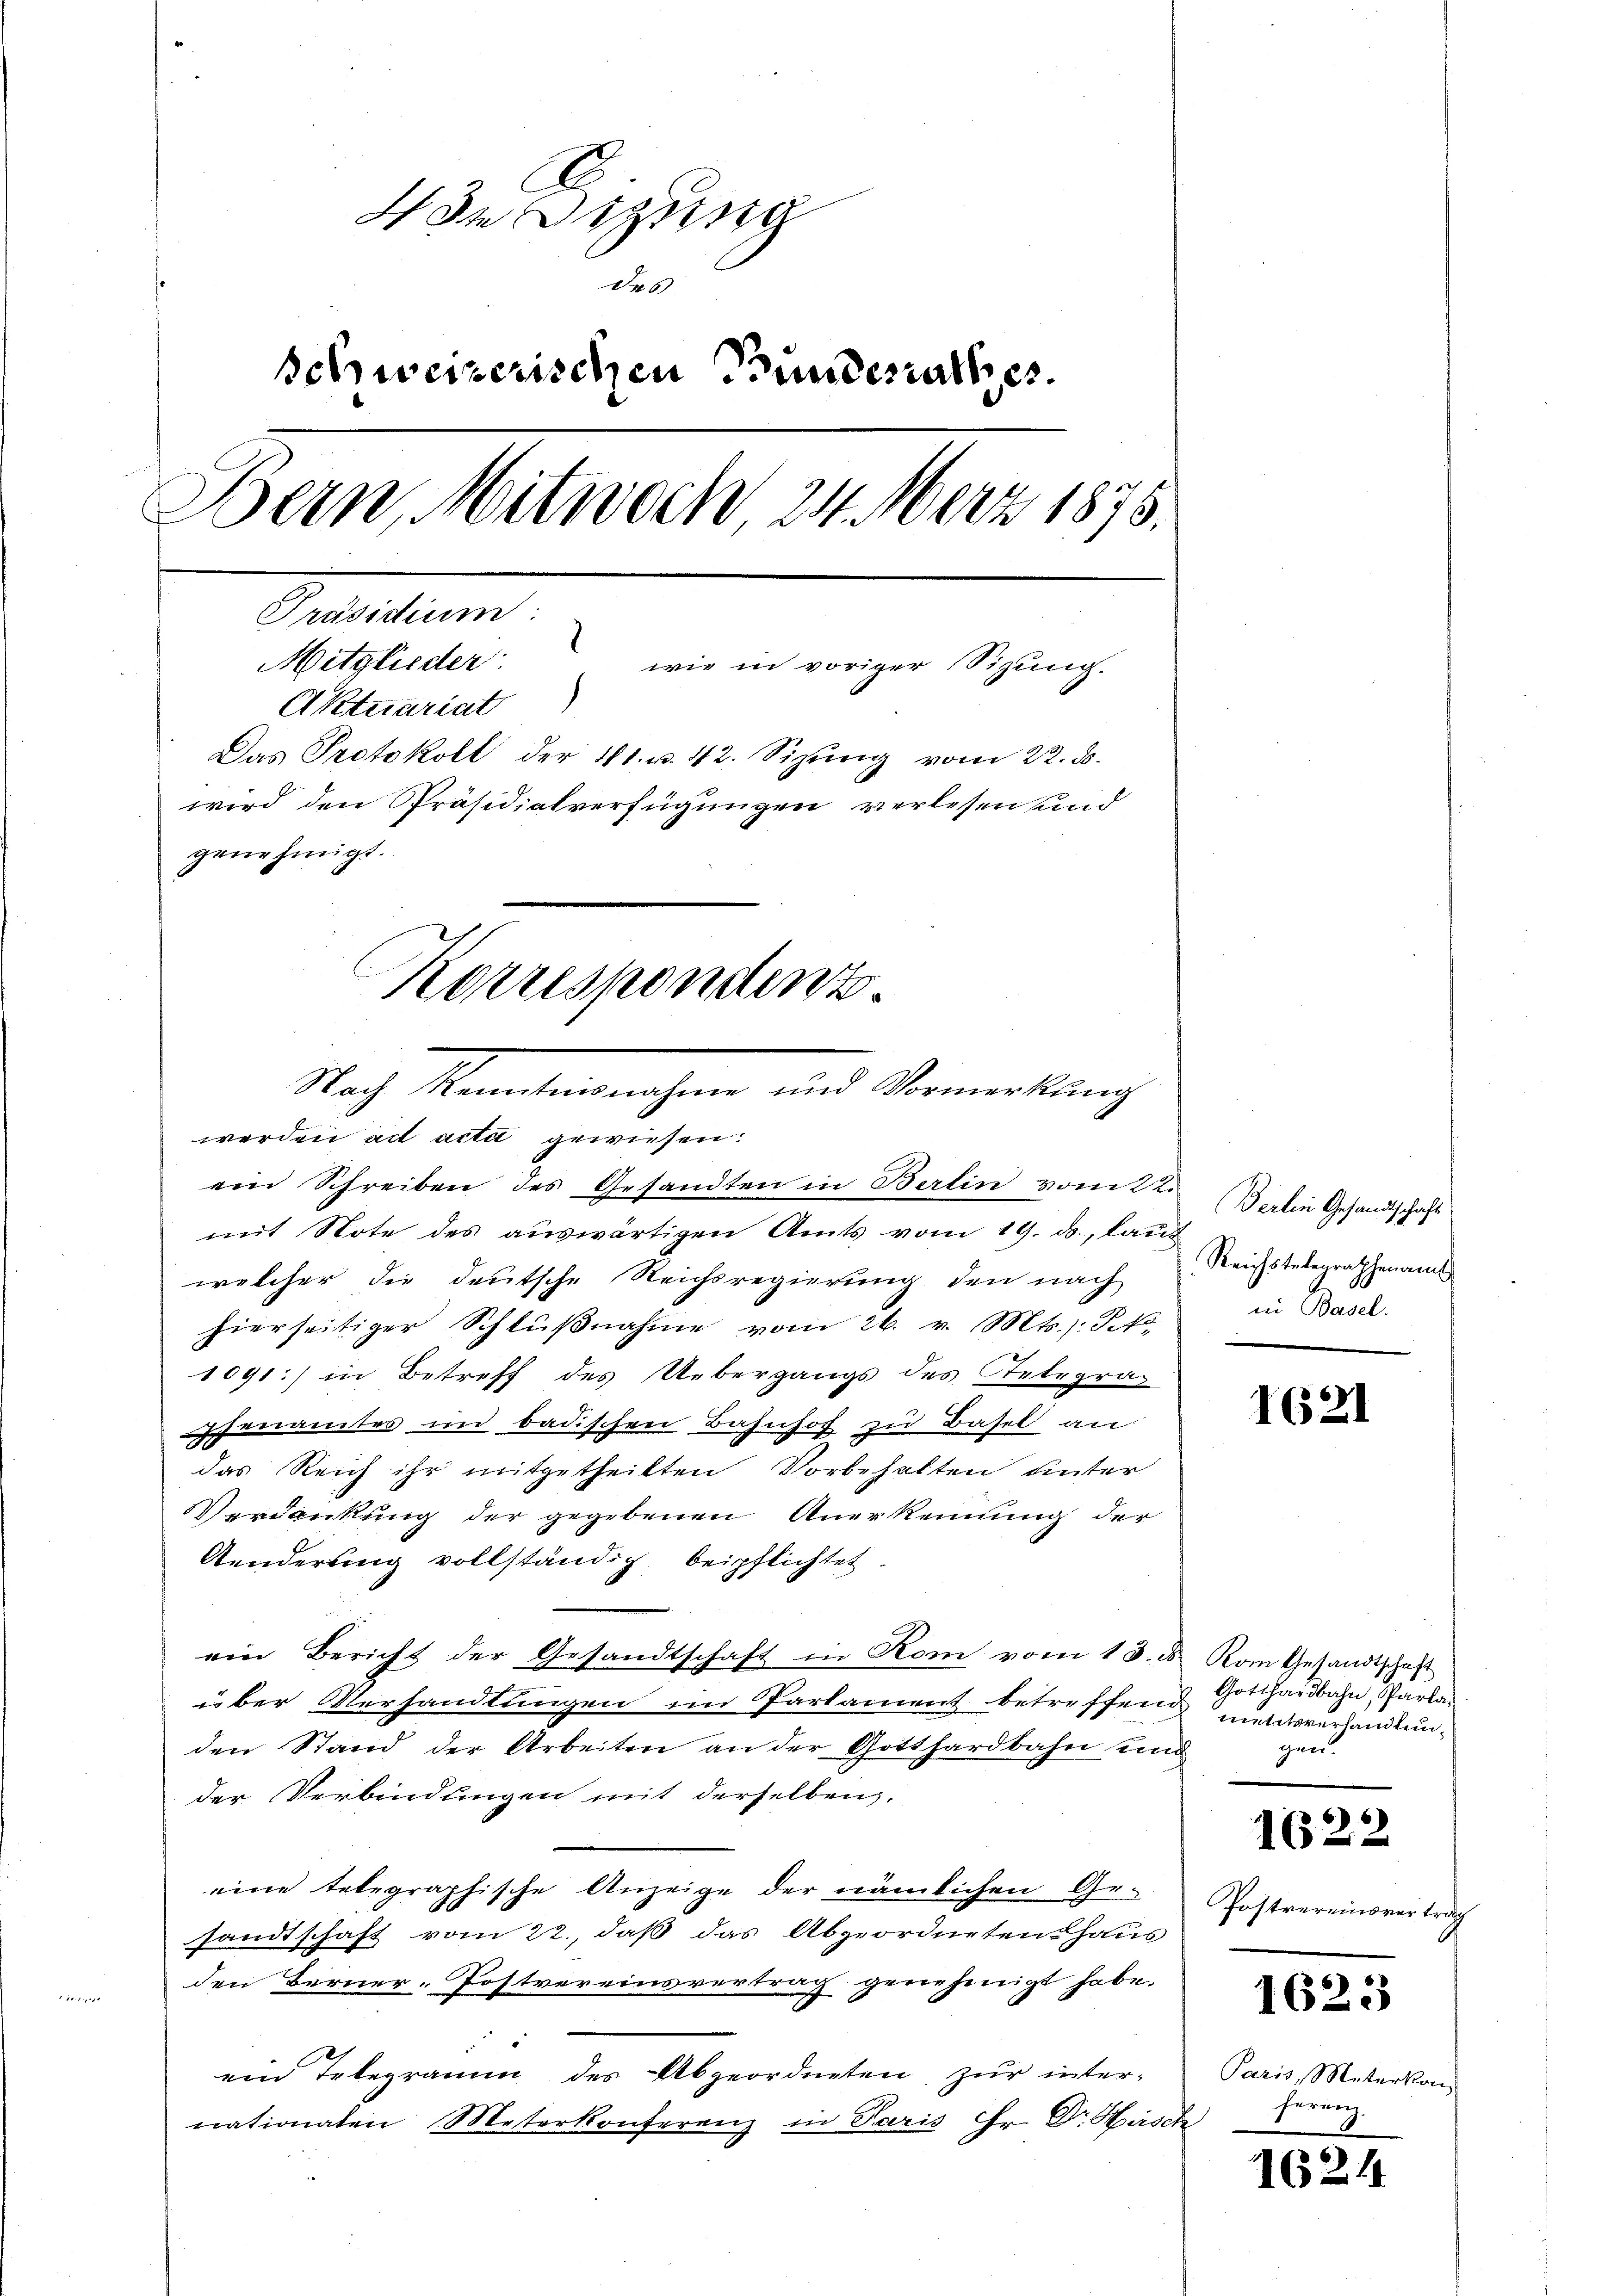
dedigung
des
schweizerischen Bundesrathes.
Bern, Mitwoch, 24 März 1875.
Petitum
Mitglieder
 wie in voriger Sitzung.
¬
Aktuariat
Das Protokoll der 41. u. 42. Sizŭng vom 22. ds.
wird den Präsidialverfügungen verlesen und
genehmigt.
Korrespondenz.

Nach Manten erachen und Riemerkung

werden ad acta gewiesen:
ein Schreiben des Gesandten in Berlin vom 22.
mit Stote des auswärtigen Amts vom 19. d. laut
welcher die deutsche Reichsregierung den nach
hierseitiger Schlŭβnahme vom 26. v. Mts.: St.
1091:/ in Betreff des Uebergangs des Telegrahenamtes in badischen Bahnhof zu Basel an
das Reich ihr mitgetheilten Vorbehalten unter
Verdankung der gegebenen Anerkennung der
Aenderung vollständig beipflichtet.
ein Bericht der Gesandtschaft in Rom vom 13. ds. Rom Gesandtschaft
über Verhandlungen im Parlament betreffen maasverhandlunden Stand der Arbeiten an der Gotthardbahn und
der Verbindungen mit derselben.
eine telegraphische Anzeige der nämlichen Ge-
sandtschaft vom 22., daß das Abgeordnetenshaus
den Berner-Postvereinsvertrag genehmigt habe.
ein Telegramm des Abgeordneten, zur internationalen Meterkonferenz in Paris Hr. Dr. Hasch

Berlin Gesandtschaft
Reichstelegraphenamt
in Basel.

1621

Gotthardbahn, Parla
n

1622

Postvereinsvertrag

1623

Paris, Meterkon
herung.

1624